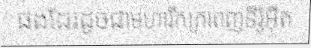
ផងដែរដូចជាមហារីកក្រពេញទីរ៉ូអ៊ីត